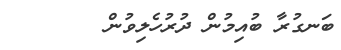
ބަނގުރާ ބުއިމުން ދުރުހެލިވުން